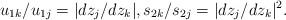
LaTeX: \begin{align*}u_{1k}/u_{1j} = |dz_j/dz_k|,s_{2k}/s_{2j} = |dz_j/dz_k|^2.\end{align*}